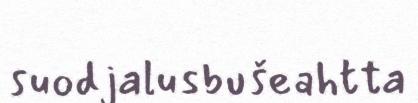
suodjalusbušeahtta